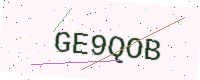
Text: GE9QOB